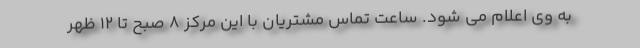
به وی اعلام می شود. ساعت تماس مشتریان با این مرکز 8 صبح تا 12 ظهر